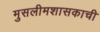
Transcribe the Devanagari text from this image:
मुसलीमशासकाची